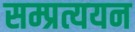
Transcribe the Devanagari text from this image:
सम्प्रत्ययन